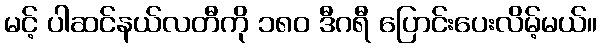
မင့် ပါဆင်နယ်လတီကို ၁၈၀ ဒီဂရီ ပြောင်းပေးလိမ့်မယ်။